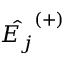
\hat { E _ { j } } ^ { ( + ) }